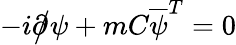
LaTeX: -i{\partial\! \! \! {\big/}}\psi+mC{\overline{{\psi}}}^{T}=0